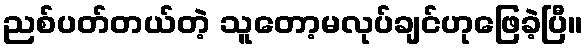
ညစ်ပတ်တယ်တဲ့ သူတော့မလုပ်ချင်ဟုဖြေခဲ့ပြီ။